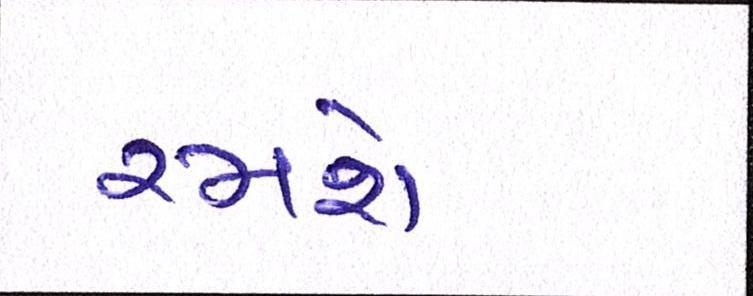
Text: રમશે